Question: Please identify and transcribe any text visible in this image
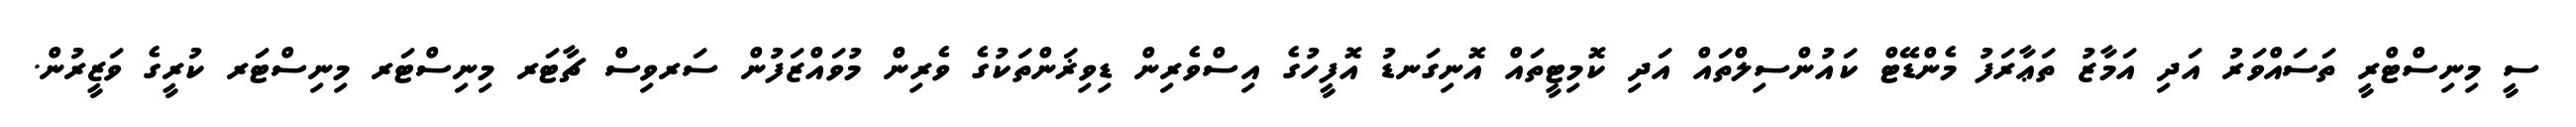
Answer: ސީ މިނިސްޓްރީ ތަސައްވަރު އަދި އަމާޒު ތަޢާރަފު މެންޑޭޓް ކައުންސިލްތައް އަދި ކޮމިޓީތައް އޮނިގަނޑު އޮފީހުގެ އިސްވެރިން ޑިވިޜަންތަކުގެ ވެރިން މުވައްޒަފުން ސަރވިސް ޗާޓަރ މިނިސްޓަރ މިނިސްޓަރ ކުރީގެ ވަޒީރުން.